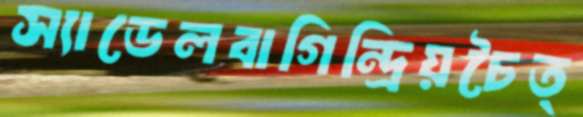
স্যাডেলবাগিন্দ্রিয়চৈত্